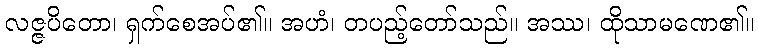
လဇ္ဇပိတော၊ ရှက်စေအပ်၏။ အဟံ၊ တပည့်တော်သည်။ အဿ၊ ထိုသာမဏေ၏။